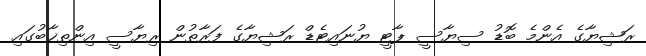
ރަޝިޔާގެ އެންމެ ބޮޑު ސިޔާސީ ޕާޓީ ޔުނައިޓެޑް ރަޝިޔާގެ ފަރާތުން ރިޔާސީ އިންތިޚާބުގައި